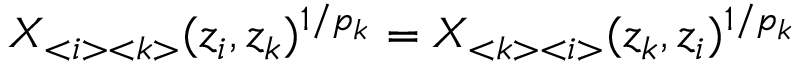
X _ { < i > < k > } ( z _ { i } , z _ { k } ) ^ { 1 / p _ { k } } = X _ { < k > < i > } ( z _ { k } , z _ { i } ) ^ { 1 / p _ { k } }